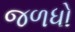
જળધો